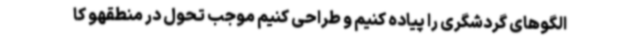
الگوهای گردشگری را پیاده کنیم و طراحی کنیم موجب تحول در منطقهو کا